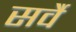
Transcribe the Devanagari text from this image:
सर्वै